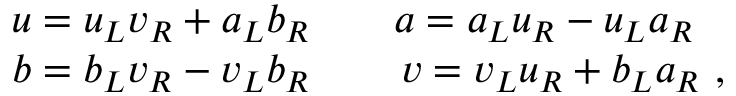
\begin{array} { l } { { u = u _ { L } v _ { R } + a _ { L } b _ { R } \qquad a = a _ { L } u _ { R } - u _ { L } a _ { R } } } \\ { { b = b _ { L } v _ { R } - v _ { L } b _ { R } \, \qquad v = v _ { L } u _ { R } + b _ { L } a _ { R } \, \, , } } \end{array}